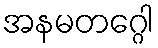
အနမတဂ္ဂေါ